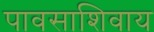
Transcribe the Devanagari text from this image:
पावसाशिवाय